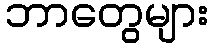
ဘာတွေများ